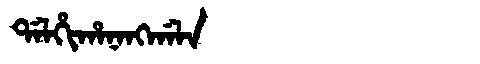
Manchu: ᡩᠠᠯᡥᡳᡥᠠᠨᠠᠩᡤᠠᠯᠠ
Romanization: DALHIHANANGGALA